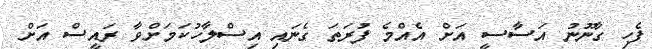
ފެހި ގާނޫނު އަސާސީ އަށް އެއްމެ ފުރަތަ ގެނައި އިސްލާހުކަމަށްވާ ރައީސް އަށް